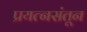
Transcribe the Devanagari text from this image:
प्रयत्‍नसंतून